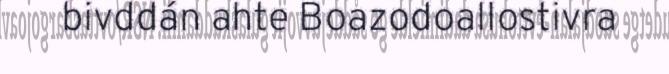
bivddán ahte Boazodoallostivra